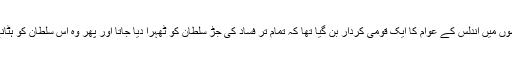
سپین میں مسلمانوں کے زوال کے آخری برسوں میں اندلس کے عوام کا ایک قومی کردار بن گیا تھا کہ تمام تر فساد کی جڑ سلطان کو ٹھہرا دیا جاتا اور پھر وہ اس سلطان کو ہٹانے کی جدوجہد کرتے اور نیا سلطان لے آتے۔